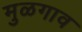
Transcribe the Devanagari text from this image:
मुळगाव